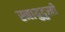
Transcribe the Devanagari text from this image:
स्नायुदुखी